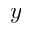
y